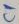
Text: C1